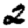
Digit: 2